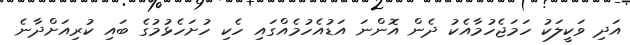
އަދި ވަކީލަކު ހަމަޖެހުމާއެކު ދެން އޮންނަ އަޑުއެހުމެއްގައި ހެކި ހުށަހެޅުމުގެ ބައި ކުރިއަށްދާނެ